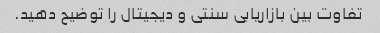
تفاوت بین بازاریابی سنتی و دیجیتال را توضیح دهید.